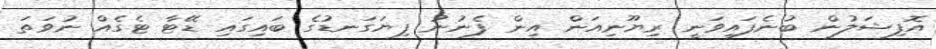
އޮފިޝަލުން ބުނެފައިވަނީ ރިޔޫނިއަން އިން ފެނުނު ފިޔަގަނޑުގެ ބައިގައި ޑޭޓާ ޓެގެއް ނުވަތަ